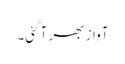
آواز بھر آگئی۔